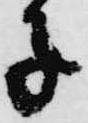
子